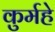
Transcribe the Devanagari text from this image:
कुर्महे